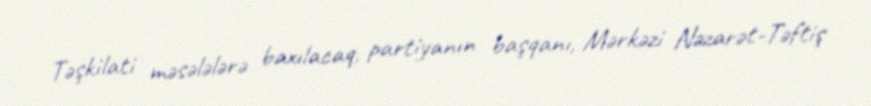
Təşkilati məsələlərə baxılacaq, partiyanın başqanı, Mərkəzi Nəzarət-Təftiş